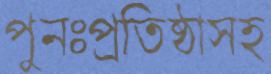
পুনঃপ্রতিষ্ঠাসহ